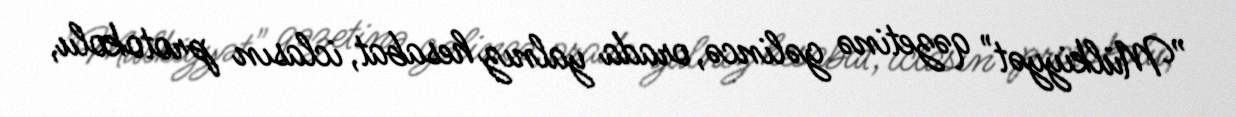
”Mülkiyyət" qəzetinə gəlincə, orada yalnız hesabat, iclasın protokolu,